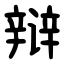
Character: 辩